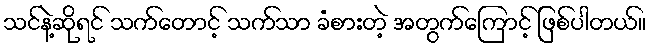
သင်နဲ့ဆိုရင် သက်တောင့် သက်သာ ခံစားတဲ့ အတွက်ကြောင့် ဖြစ်ပါတယ်။